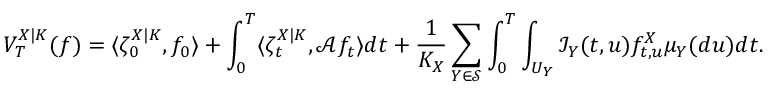
V _ { T } ^ { X | K } ( f ) = \langle \zeta _ { 0 } ^ { X | K } , f _ { 0 } \rangle + \int _ { 0 } ^ { T } \langle \zeta _ { t } ^ { X | K } , \mathcal { A } f _ { t } \rangle d t + \frac { 1 } { K _ { X } } \sum _ { Y \in \mathcal { S } } \int _ { 0 } ^ { T } \int _ { U _ { Y } } \mathcal { I } _ { Y } ( t , u ) f _ { t , u } ^ { X } \mu _ { Y } ( d u ) d t .